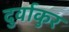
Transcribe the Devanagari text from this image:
दुर्वाकुर